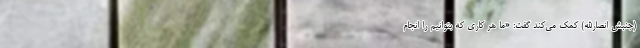
(جنبش انصارالله) کمک می‌کند گفت: «ما هر کاری که بتوانیم را انجام